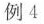
例4